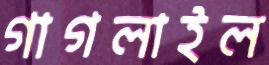
গাগলাইল